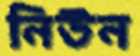
নিউন